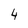
Character: 4